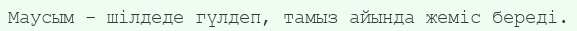
Маусым – шілдеде гүлдеп, тамыз айында жеміс береді.